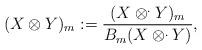
LaTeX: \begin{align*}(X \otimes Y)_m := \frac{(X \otimes^. Y)_m}{B_m(X \otimes^. Y)},\end{align*}